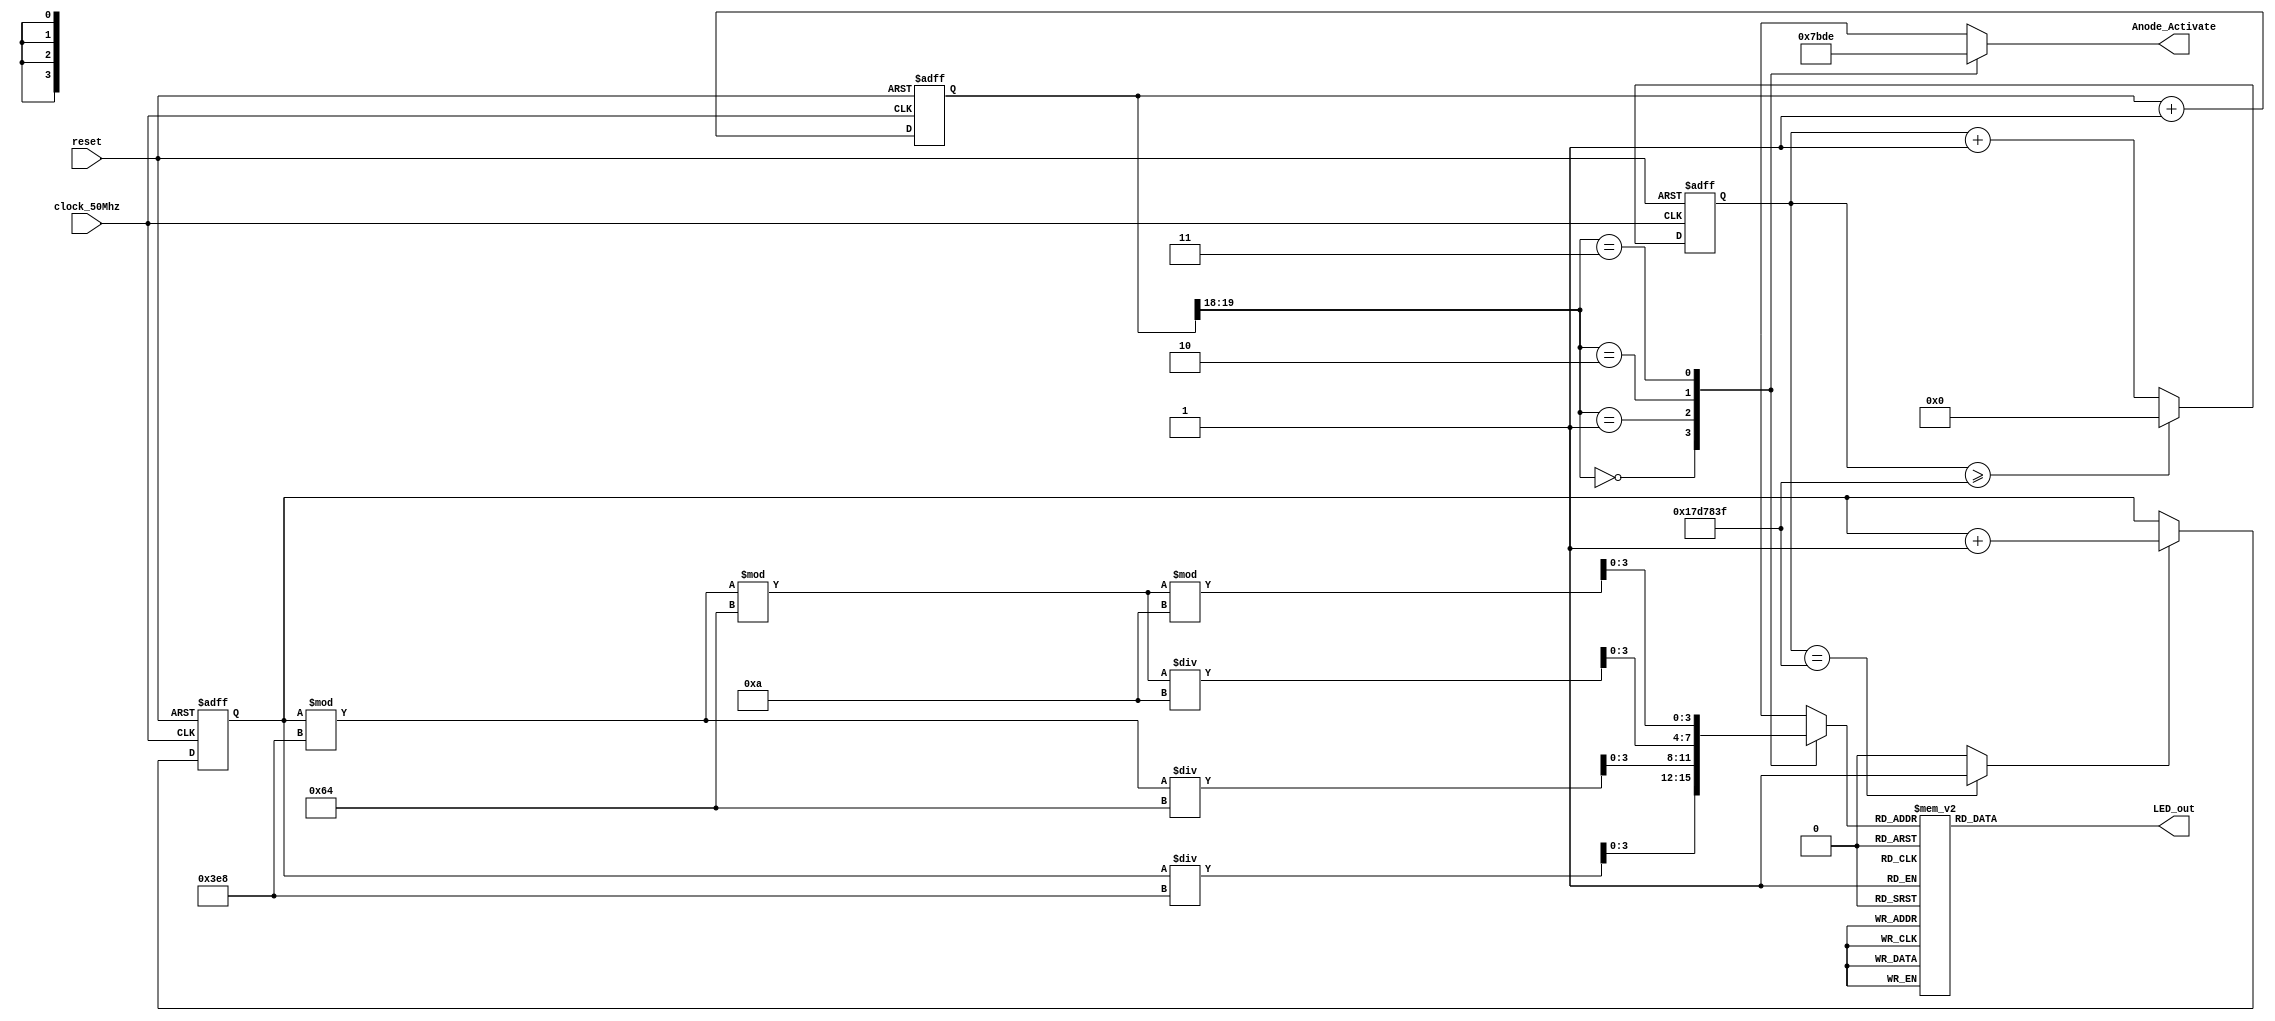
module score_counter(
    input clock_50Mhz, // 50 MHz clock source on Nexys A7 FPGA
    input reset, // reset
    output reg [3:0] Anode_Activate, // anode signals of the 7-segment LED display
    output reg [6:0] LED_out // cathode patterns of the 7-segment LED display
);

    reg [26:0] one_second_counter; // counter for generating 1-second clock enable
    wire one_second_enable; // one-second enable for counting numbers
    reg [15:0] displayed_number; // counting number to be displayed
    reg [3:0] LED_BCD;
    reg [19:0] refresh_counter; // 20-bit for creating a 10.5ms refresh period or 380Hz refresh rate
                              // the first 2 MSB bits for creating 4 LED-activating signals with a 2.6ms digit period
    wire [1:0] LED_activating_counter;
                  // count     0    ->  1  ->  2  ->  3
               // activates    LED1    LED2   LED3   LED4
              // and repeat
    always @(posedge clock_50Mhz or posedge reset) begin
        if (reset == 1)
            one_second_counter <= 0;
        else begin
            if (one_second_counter >= 24999999)
                one_second_counter <= 0;
            else
                one_second_counter <= one_second_counter + 1;
        end
    end
    assign one_second_enable = (one_second_counter == 24999999) ? 1 : 0;

    always @(posedge clock_50Mhz or posedge reset) begin
        if (reset == 1)
            displayed_number <= 0;
        else if (one_second_enable == 1)
            displayed_number <= displayed_number + 1;
    end

    always @(posedge clock_50Mhz or posedge reset) begin
        if (reset == 1)
            refresh_counter <= 0;
        else
            refresh_counter <= refresh_counter + 1;
    end
    assign LED_activating_counter = refresh_counter[19:18];
    // anode activating signals for 4 LEDs, digit period of 2.6ms
    // decoder to generate anode signals
    always @(*) begin
        case (LED_activating_counter)
            2'b00: begin
                Anode_Activate = 4'b0111;
                // activate LED1 and Deactivate LED2, LED3, LED4
                LED_BCD = displayed_number / 1000;
                // the first digit of the 16-bit number
            end
            2'b01: begin
                Anode_Activate = 4'b1011;
                // activate LED2 and Deactivate LED1, LED3, LED4
                LED_BCD = (displayed_number % 1000) / 100;
                // the second digit of the 16-bit number
            end
            2'b10: begin
                Anode_Activate = 4'b1101;
                // activate LED3 and Deactivate LED2, LED1, LED4
                LED_BCD = ((displayed_number % 1000) % 100) / 10;
                // the third digit of the 16-bit number
            end
            2'b11: begin
                Anode_Activate = 4'b1110;
                // activate LED4 and Deactivate LED2, LED3, LED1
                LED_BCD = ((displayed_number % 1000) % 100) % 10;
                // the fourth digit of the 16-bit number
            end
            default: begin
                LED_BCD = 4'b0000;
            end
        endcase
    end

    // Cathode patterns of the 7-segment LED display
    always @(*) begin
        case (LED_BCD)
            4'b0000: LED_out = 7'b1000000; // "0"
            4'b0001: LED_out = 7'b1111001; // "1"
            4'b0010: LED_out = 7'b0100100; // "2"
            4'b0011: LED_out = 7'b0110000; // "3"
            4'b0100: LED_out = 7'b0011001; // "4"
            4'b0101: LED_out = 7'b0010010; // "5"
            4'b0110: LED_out = 7'b0000010; // "6"
            4'b0111: LED_out = 7'b1111000; // "7"
            4'b1000: LED_out = 7'b0000000; // "8"
            4'b1001: LED_out = 7'b0010000; // "9"
            default: LED_out = 7'b1000000; // "0"
        endcase
    end

endmodule